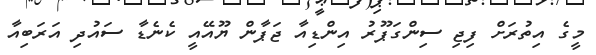
މީގެ އިތުރަށް ފިޖި ސިންގަޕޫރު އިންޑިއާ ޖަޕާން ޔޫއޭއީ ކެނެޑާ ސައުދި އަރަބިއާ